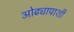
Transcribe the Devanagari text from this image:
ओढ्यापाशी